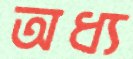
অধ্য